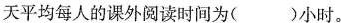
天平均每人的课外阅读时间为( )小时。